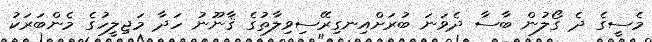
މެސީގެ ދެ ގޯލުން ބާސާ ދެވަނަ ބުރަށްއިނގިރޭސިވިލާތުގެ ޤާނޫނު ހަދާ މަޖިލީހުގެ މެންބަރަކު